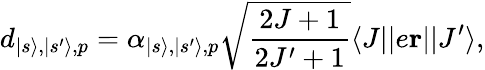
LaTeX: d_{|s\rangle,|s^{\prime}\rangle,p}=\alpha_{|s\rangle,|s^{\prime}\rangle,p}\sqrt{\frac{2J+1}{2J^{\prime}+1}}\langle J||e\mathbf{r}||J^{\prime}\rangle,